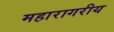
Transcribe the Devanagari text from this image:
महारागरीय